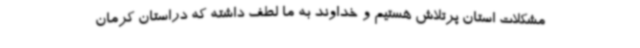
مشکلات استان پرتلاش هستیم و خداوند به ما لطف داشته که دراستان کرمان